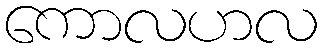
ကောလဟလ